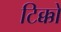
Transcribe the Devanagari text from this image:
टिक्कों